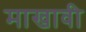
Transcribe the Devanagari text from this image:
माखावी